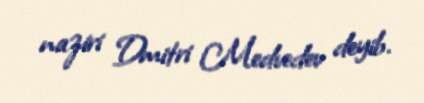
naziri Dmitri Medvedev deyib.